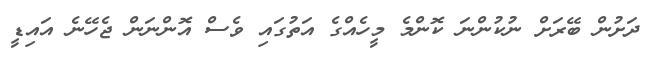
ދަށުން ބޭރަށް ނުކުންނަ ކޮންމެ މީހެއްގެ އަތުގައި ވެސް އޮންނަން ޖެހޭނެ އައިޑީ